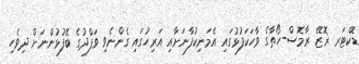
ޑޮކްޓަރ ޜޮޒޭ ރާމޮސް-ހޯތާގެ ވާހަކަފުޅުގައި އެމަނިކުފާނަށާއި އަރިހުގައި ގެންނެވި ވަފްދުގެ ބޭފުޅުންނަށް ދިވެހި